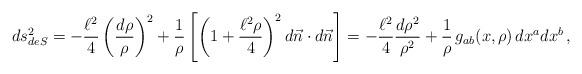
LaTeX: \begin{align*}ds^2_{deS} = -{\ell^2\over 4} \left({d\rho\over \rho}\right)^2 +{1\over \rho }\left[\left(1+ {\ell^2\rho\over 4}\right)^2 d\vec n\cdot d\vec n\right] = -{\ell^2\over 4} {d\rho^2\over \rho^2} + {1\over \rho}\,g_{ab}(x,\rho)\,dx^a dx^b\,,\end{align*}